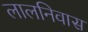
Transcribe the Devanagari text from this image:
लालनिवास